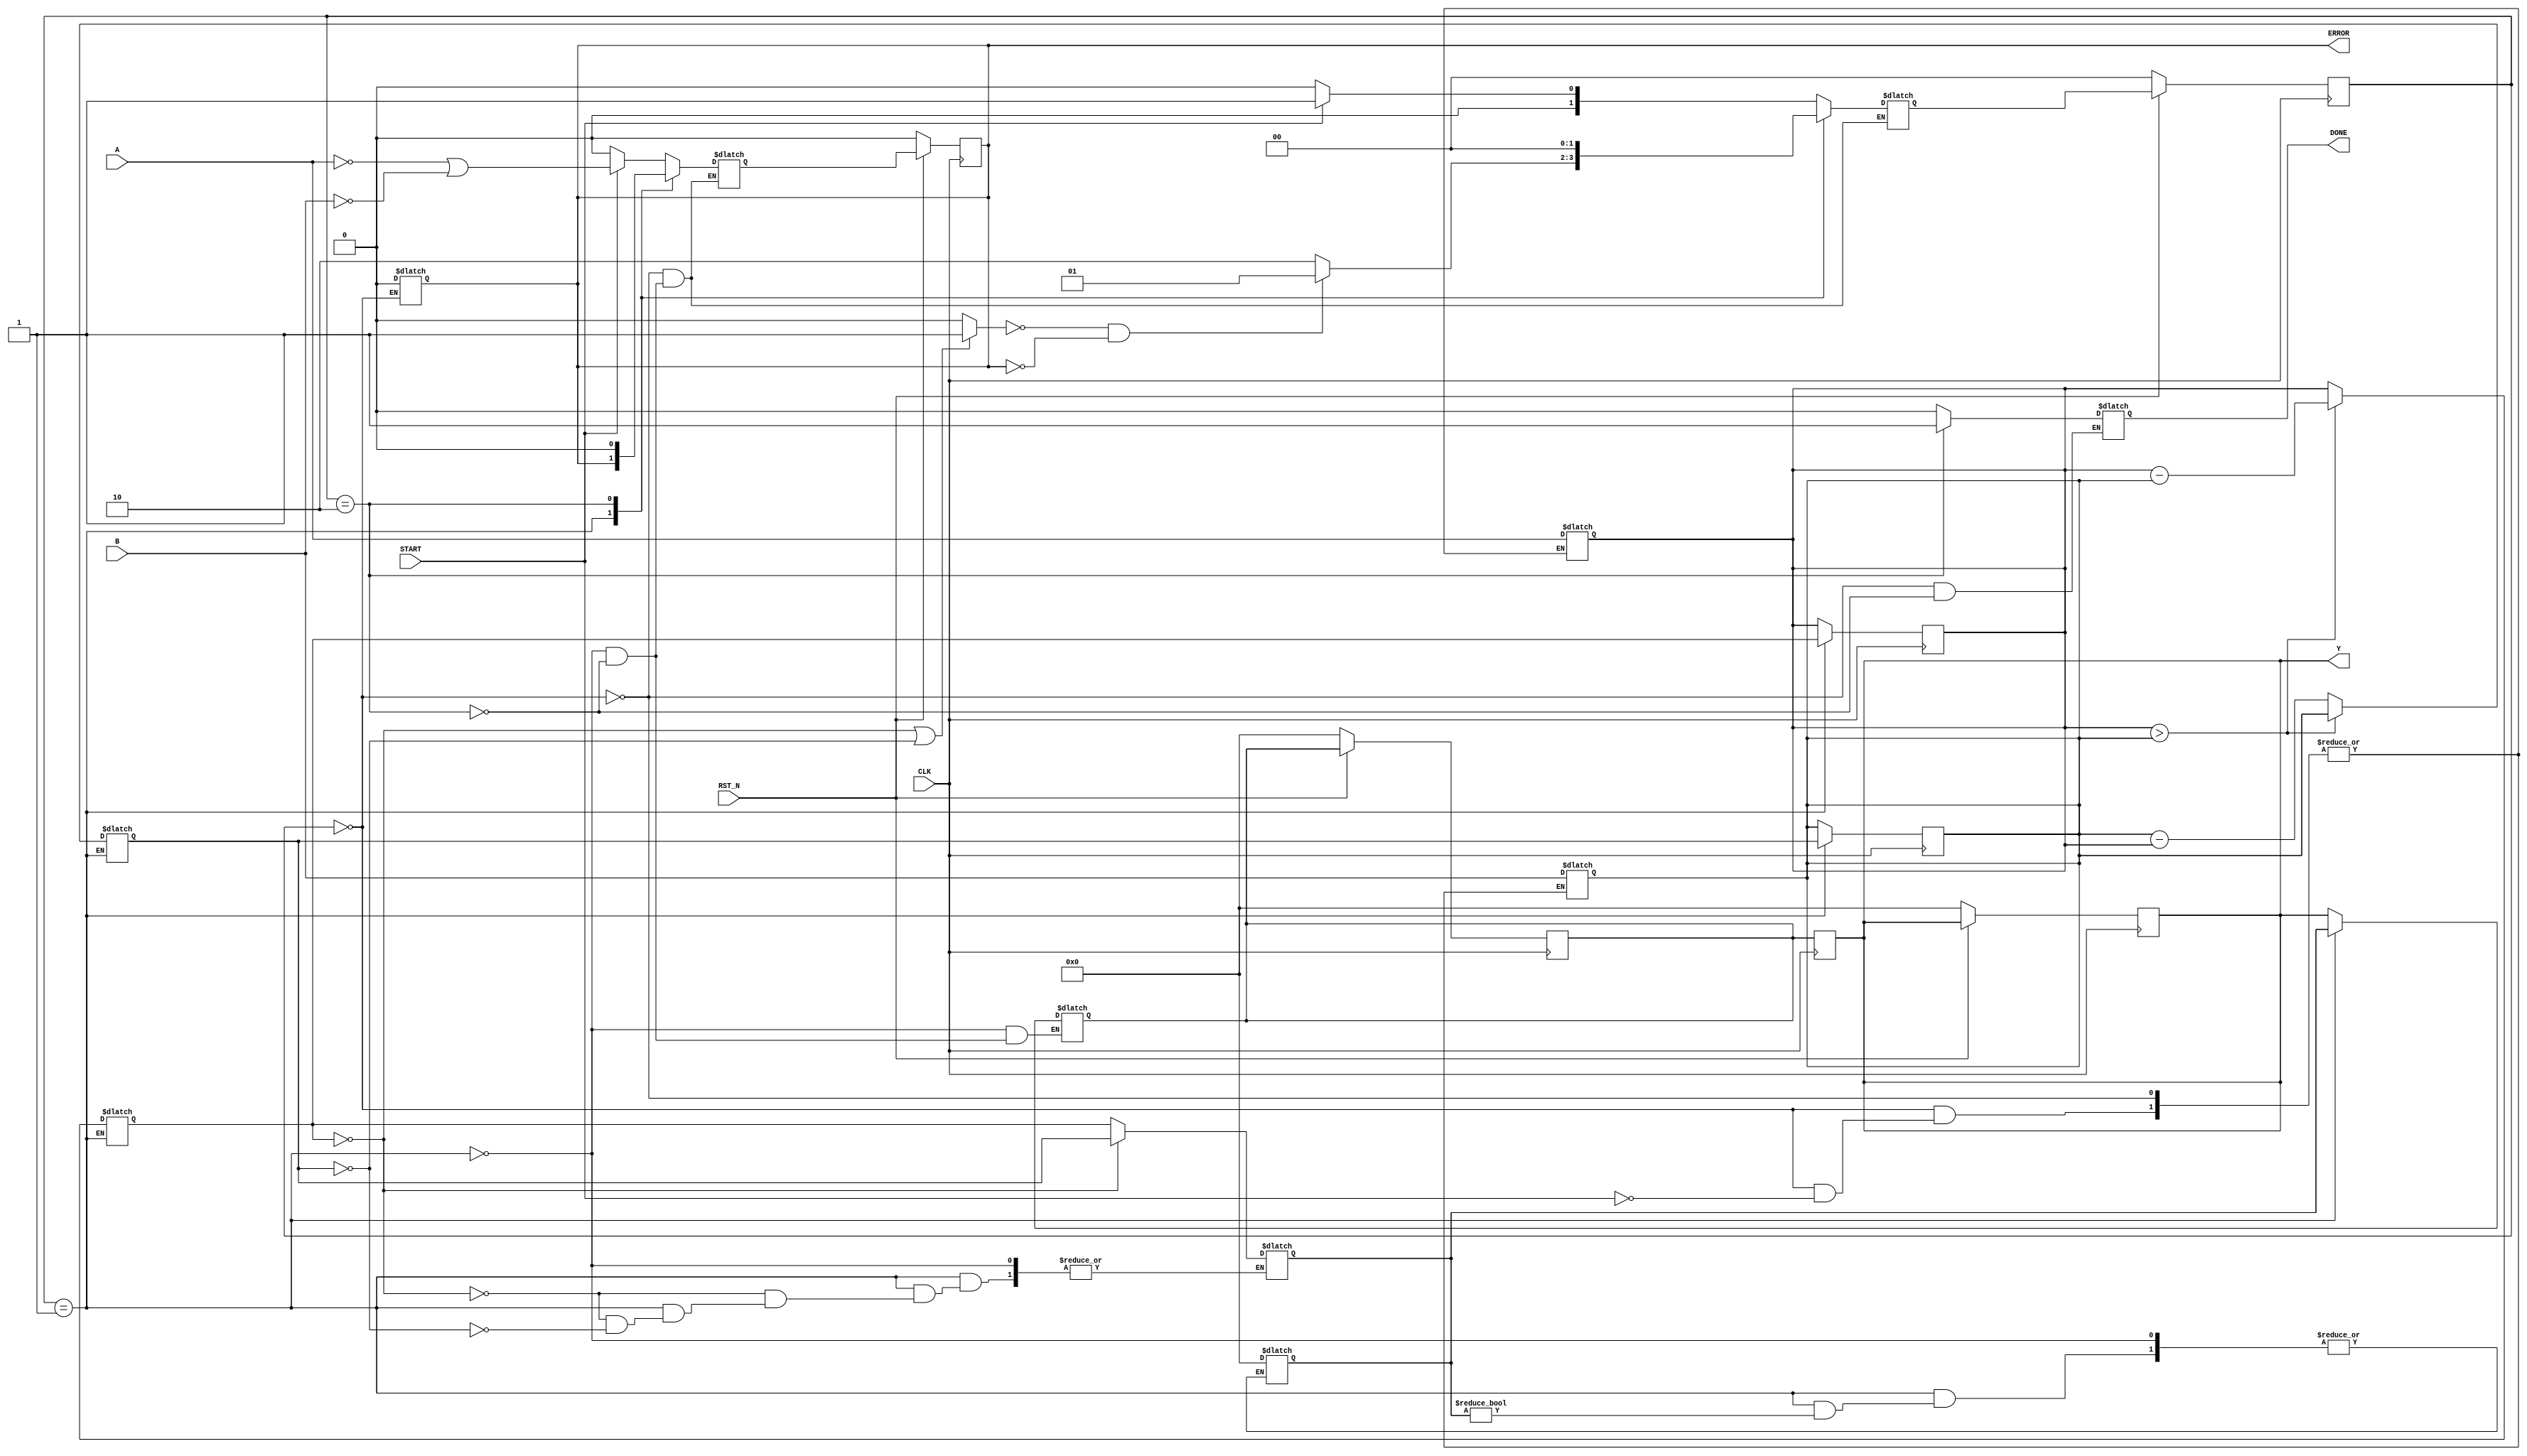
//`timescale 1ns / 1ps
module GCD (
  input wire CLK,
  input wire RST_N,
  input wire [7:0] A,
  input wire [7:0] B,
  input wire START,
  output reg [7:0] Y,
  output reg DONE,
  output reg ERROR
);

wire found;
reg [7:0] reg_a, reg_b, next_a, next_b, Y_next;
reg [7:0] big_one;
reg error_next;
reg [1:0] state, state_next;

parameter [1:0] IDLE = 2'b00;
parameter [1:0] CALC = 2'b01;
parameter [1:0] FINISH = 2'b10;
/// Implementation below ///
/// update ERROR ///
always@(posedge CLK) begin
  if (RST_N == 1'b0)  ERROR <= 0;
  else  ERROR <= error_next;
end

/// reset actions ///
always@(posedge CLK) begin
  if (RST_N == 1'b0) begin
    state <= IDLE;
    Y <= 1'b0;
  end
  else
    state <= state_next;
end

/// wire found -> use assign ///
assign found = (next_a == 0 || next_b == 0) ? 1 : 0;

/// FSM ///
always@* begin
  case(state)
    IDLE: begin
      DONE = 0;
      ERROR = 0;
      if (START) begin
        state_next = CALC;
        error_next = (A == 0 || B == 0);
        reg_a = A;
        reg_b = B;
      end
      else begin
        state_next = IDLE;
        error_next = 0;
      end
    end
    CALC: begin
      /// big_one initialization ///
      if (big_one)  big_one = big_one;
      else  big_one = 0;
      ///
      if (!found && !ERROR) begin
        state_next = CALC;
        error_next = ERROR;
      end
      else begin
        state_next = FINISH;
        error_next = ERROR;
      end
    end
    FINISH: begin
      state_next = IDLE;
      error_next = 0;
      DONE = 1;
    end
    default:
      state_next = state_next;
  endcase
end

/// update reg_a, reg_b ///
always@(posedge CLK) begin
  if (state == CALC) begin
    reg_a <= next_a;
    reg_b <= next_b;
  end
end

/// perform SUB ///
always@* begin
  if (state == CALC) begin 
    if (reg_a > reg_b) begin
      next_a = reg_a - reg_b;
      next_b = reg_b;
    end
    else begin
      next_b = reg_b - reg_a;
      next_a = reg_a;
    end
  end  
end

/// chosing big_one ///
always@* begin
  if(state == CALC) begin
    if (next_a == 8'd0) begin
      big_one = next_b;
    end
    else if (next_b == 8'd0) begin
      big_one = next_a;
    end
    else begin
      big_one = big_one;
    end
  end
  else begin
    big_one = big_one;
  end
end

/// update Y_next ///
always@* begin
  if(state == CALC) begin
    Y_next = big_one;
  end
  else if (state == FINISH) begin
    Y_next = Y;
  end
  else begin
    Y_next = Y_next;
  end
end

/// update Y ///
always@(posedge CLK) begin
  if (RST_N == 1'b0) begin
    Y_next <= 8'b0;
    Y <= Y_next;
  end
  else
    Y <= Y_next;
end
///
endmodule